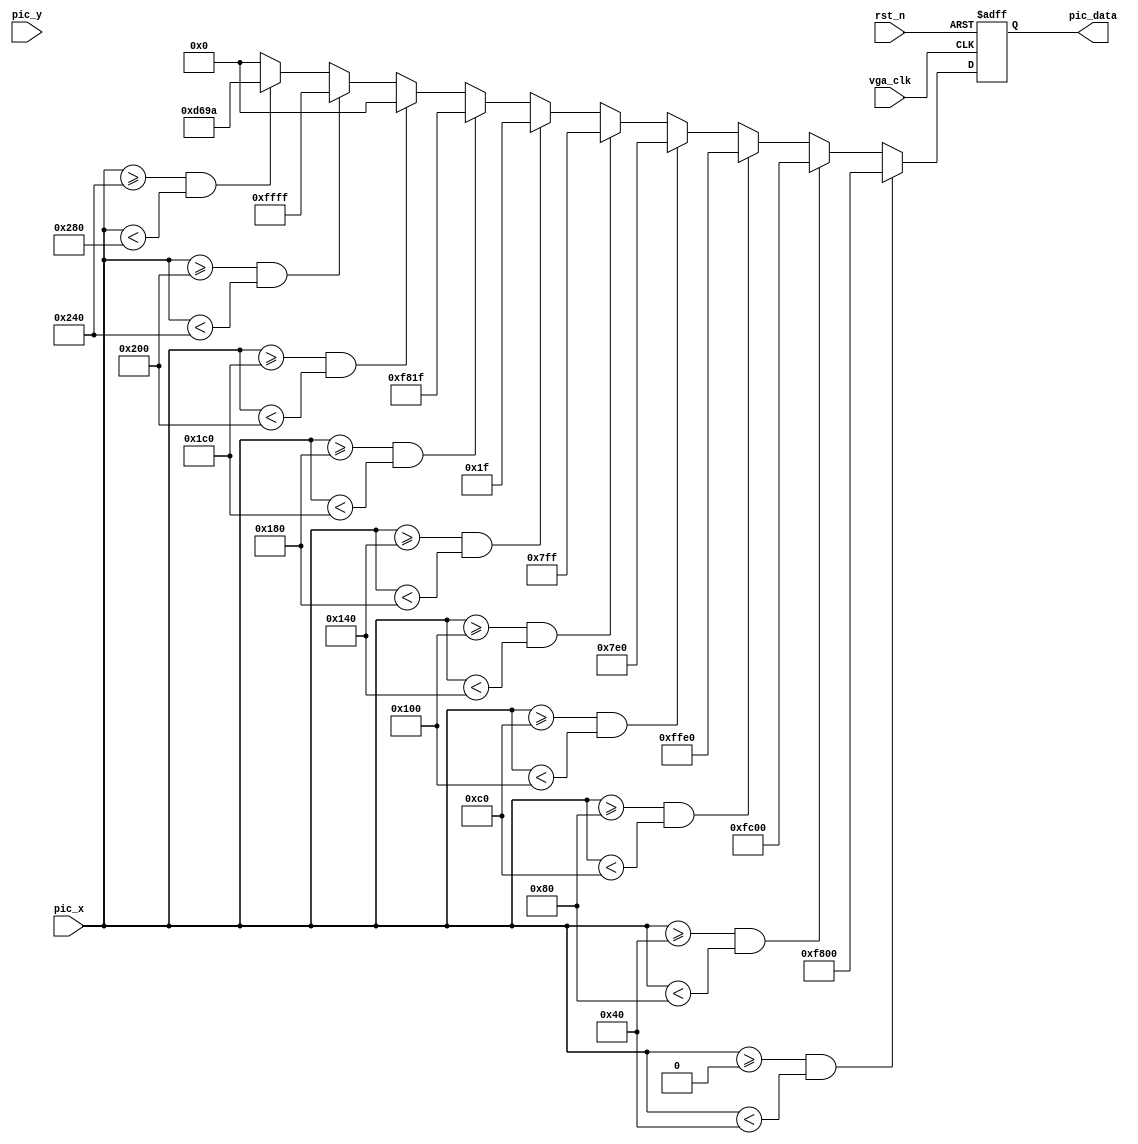
module clk_pic (
    input  wire vga_clk,
    input  wire rst_n,
    input  wire [9:0]   pic_x,
    input  wire [9:0]   pic_y,
    output reg [15:0]  pic_data
);
//parameter define
parameter   H_VALID =   10'd640 ,   //
            V_VALID =   10'd480 ;   //

parameter   RED     =   16'hF800,   //
            ORANGE  =   16'hFC00,   //
            YELLOW  =   16'hFFE0,   //
            GREEN   =   16'h07E0,   //
            CYAN    =   16'h07FF,   //
            BLUE    =   16'h001F,   //
            PURPPLE =   16'hF81F,   //
            BLACK   =   16'h0000,   //
            WHITE   =   16'hFFFF,   //
            GRAY    =   16'hD69A;   //

always@(posedge vga_clk or negedge rst_n)
    if(!rst_n)
        pic_data    <= 16'd0;
    else    if((pic_x >= 0) && (pic_x < (H_VALID/10)*1))
        pic_data    <=  RED;
    else    if((pic_x >= (H_VALID/10)*1) && (pic_x < (H_VALID/10)*2))
        pic_data    <=  ORANGE;
    else    if((pic_x >= (H_VALID/10)*2) && (pic_x < (H_VALID/10)*3))
        pic_data    <=  YELLOW;
    else    if((pic_x >= (H_VALID/10)*3) && (pic_x < (H_VALID/10)*4))
        pic_data    <=  GREEN;
    else    if((pic_x >= (H_VALID/10)*4) && (pic_x < (H_VALID/10)*5))
        pic_data    <=  CYAN;
    else    if((pic_x >= (H_VALID/10)*5) && (pic_x < (H_VALID/10)*6))
        pic_data    <=  BLUE;
    else    if((pic_x >= (H_VALID/10)*6) && (pic_x < (H_VALID/10)*7))
        pic_data    <=  PURPPLE;
    else    if((pic_x >= (H_VALID/10)*7) && (pic_x < (H_VALID/10)*8))
        pic_data    <=  BLACK;
    else    if((pic_x >= (H_VALID/10)*8) && (pic_x < (H_VALID/10)*9))
        pic_data    <=  WHITE;
    else    if((pic_x >= (H_VALID/10)*9) && (pic_x < H_VALID))
        pic_data    <=  GRAY;
    else
        pic_data    <=  BLACK;

endmodule //clk_pic